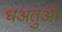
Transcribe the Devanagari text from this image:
धअतुओ